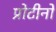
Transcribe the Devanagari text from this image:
प्रोटीनो